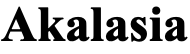
Akalasia